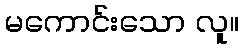
မကောင်းသော လူ။